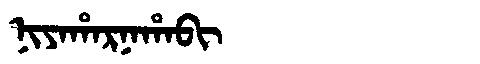
Manchu: ᠨᡳᠶᠠᡥᠠᡵᠨᠠᡥᠠᠪᡳ
Romanization: NIYAHARNAHABI